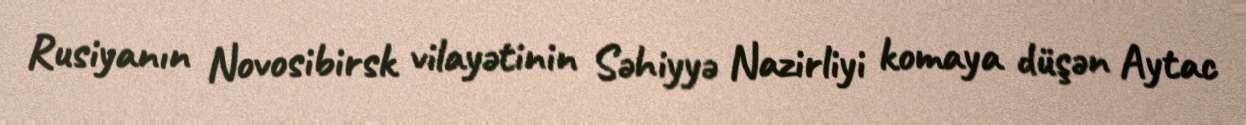
Rusiyanın Novosibirsk vilayətinin Səhiyyə Nazirliyi komaya düşən Aytac